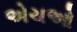
એચઓ